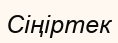
Сіңіртек